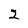
Character: 2